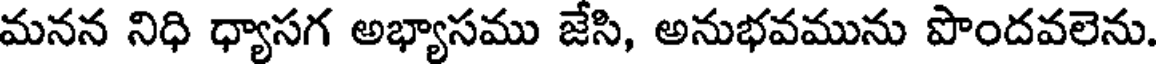
మనన నిధి ధ్యాసగ అభ్యాసము జేసి, అనుభవమును పొందవలెను.